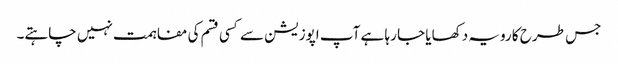
جس طرح کا رویہ دکھایا جا رہا ہے آپ اپوزیشن سے کسی قسم کی مفاہمت نہیں چاہتے۔